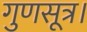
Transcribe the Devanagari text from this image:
गुणसूत्र।